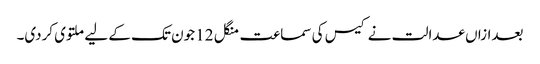
بعدازاں عدالت نے کیس کی سماعت منگل 12 جون تک کے لیے ملتوی کردی۔